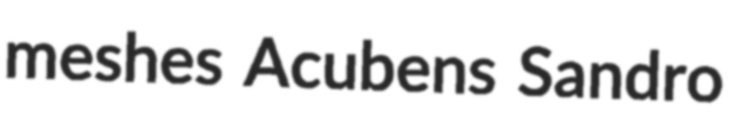
meshes Acubens Sandro